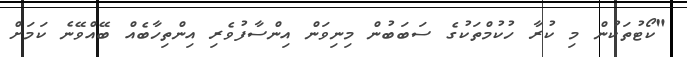
"ކޯޓުތަކުން މި ކުރާ ހުކުމްތަކުގެ ސަބަބުން މިނިވަން އިންސާފުވެރި އިންތިހާބެއް ބޭއްވޭނެ ކަމަށް